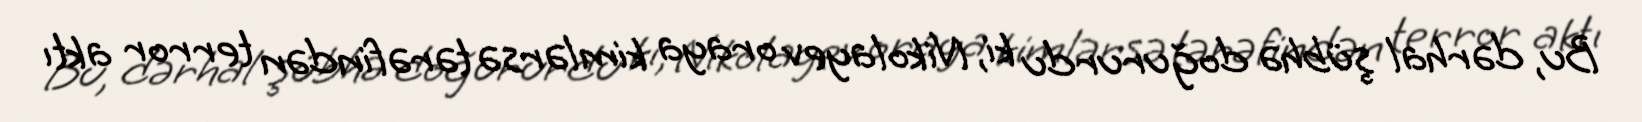
Bu, dərhal şübhə doğururdu ki, Nikolayev oraya kimlərsə tərəfindən terror aktı